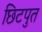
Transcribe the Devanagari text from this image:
छिटपुत